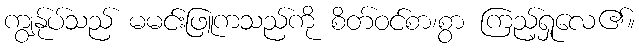
ကျွန်ုပ်သည် မမင်းဖြူကသည်ကို စိတ်ဝင်စာ၊စွာ ကြည့်ရှုလေ၏။